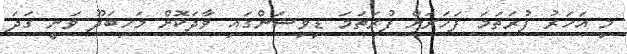
މި އަހަރު ފުރަތަމަ ފަހަރަށް ފުރަތަމަ ޑިވިޝަންގައި ވާދަކޮށް މަހިބަދޫ ވަނީ ގަދަ